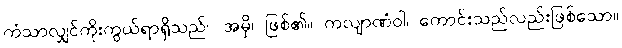
ကံသာလျှင်ကိုးကွယ်ရာရှိသည်။ အမှိ၊ ဖြစ်၏။ ကလျာဏံဝါ၊ ကောင်းသည်လည်းဖြစ်သော။